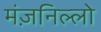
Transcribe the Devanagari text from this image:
मंज़निल्लो